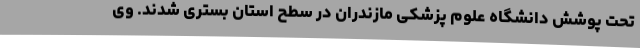
تحت پوشش دانشگاه علوم پزشکی مازندران در سطح استان بستری شدند. وی